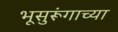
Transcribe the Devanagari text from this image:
भूसुरूंगाच्या